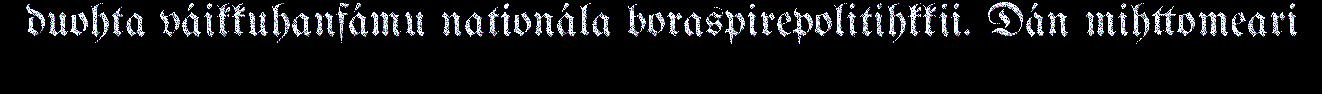
duohta váikkuhanfámu nationála boraspirepolitihkkii. Dán mihttomeari